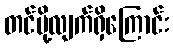
တင်ပို့လျက်ရှိကြောင်း